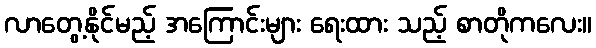
လာတွေ့နိုင်မည့် အကြောင်းများ ရေးထား သည့် စာတိုကလေး။